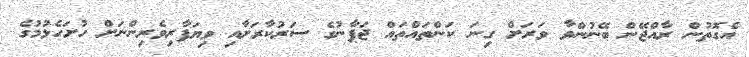
އެގޮތުން ރާއްޖޭން ބޭނުންވާ ވަރަށް ގިނަ ކަންތައްތައް ޖަޕާނުގެ ސަރުކާރަށާއި ވިޔަފާރިވެރިންނަށް ހުށަހެޅުމުގެ